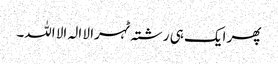
پھر ایک ہی رشتہ ٹہرا لا الہ الا اللہ۔